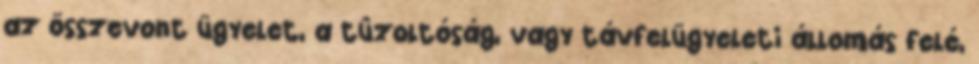
az összevont ügyelet, a tûzoltóság, vagy távfelügyeleti állomás felé,